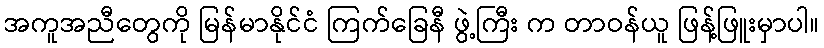
အကူအညီတွေကို မြန်မာနိုင်ငံ ကြက်ခြေနီ ဖွဲ့ကြီး က တာဝန်ယူ ဖြန့်ဖြူးမှာပါ။